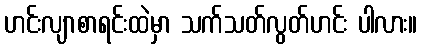
ဟင်းလျာစာရင်းထဲမှာ သက်သတ်လွတ်ဟင်း ပါလား။